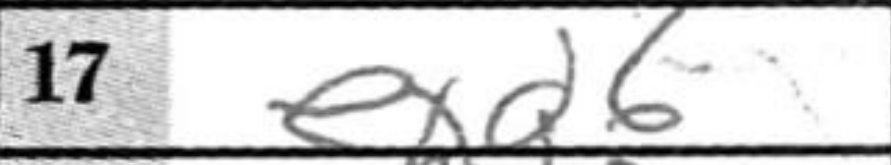
Transcription: exd6